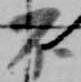
不